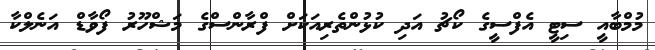
މުމްބާއީ ސިޓީ އެފްސީގެ ކޯޗު އަދި ކުޅުންތެރިއަކަށް ފްރާންސްގެ މަޝްހޫރު ފޯވާޑް އަނެލްކާ